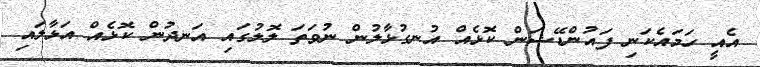
އެއީ ހަމައެކަނި ފައުންޑޭޝަން ކޮޅެއް އުނގުޅާލުން ނުވަތަ ލޮލުގައި އަނދުން ކޮޅެއް އަޅާލައި